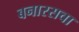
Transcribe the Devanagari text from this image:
बनारसचा